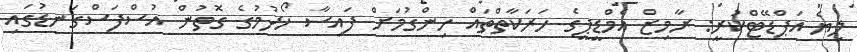
ލިޔެ އަޕްޑޭޓްކުރީ: ރާމިޒް އެމްޑީޕީގެ ހަރަކާތްތައް ހިންގުމަށް ފައިސާ ހޯދުމުގެ ގޮތުން އުސްފަސްގަނޑުގައި